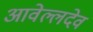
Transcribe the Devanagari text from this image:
आवेल्लदेव